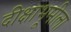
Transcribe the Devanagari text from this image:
दीक्षाभूमीला